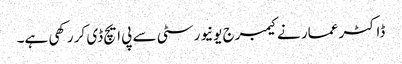
ڈاکٹر عمار نے کیمبرج یونیورسٹی سے پی ایچ ڈی کر رکھی ہے۔